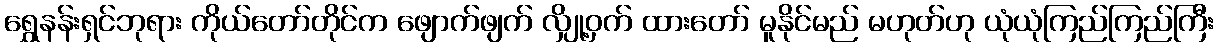
ရွှေနန်းရှင်ဘုရား ကိုယ်တော်တိုင်က ဖျောက်ဖျက် လျှို့ဝှက် ထားတော် မူနိုင်မည် မဟုတ်ဟု ယုံယုံကြည်ကြည်ကြီး